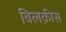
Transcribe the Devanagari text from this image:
बिलक़ीस